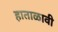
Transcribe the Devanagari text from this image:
हाताळावी